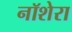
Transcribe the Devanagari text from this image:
नॉशेरा